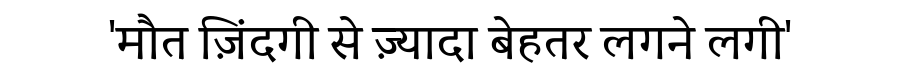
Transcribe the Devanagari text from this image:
'मौत ज़िंदगी से ज़्यादा बेहतर लगने लगी'